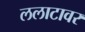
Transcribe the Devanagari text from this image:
ललाटावर